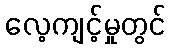
လေ့ကျင့်မှုတွင်